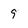
Character: 9